Lunatic asylums Madras 1877-1891 - 1877-1891
Year: 1877
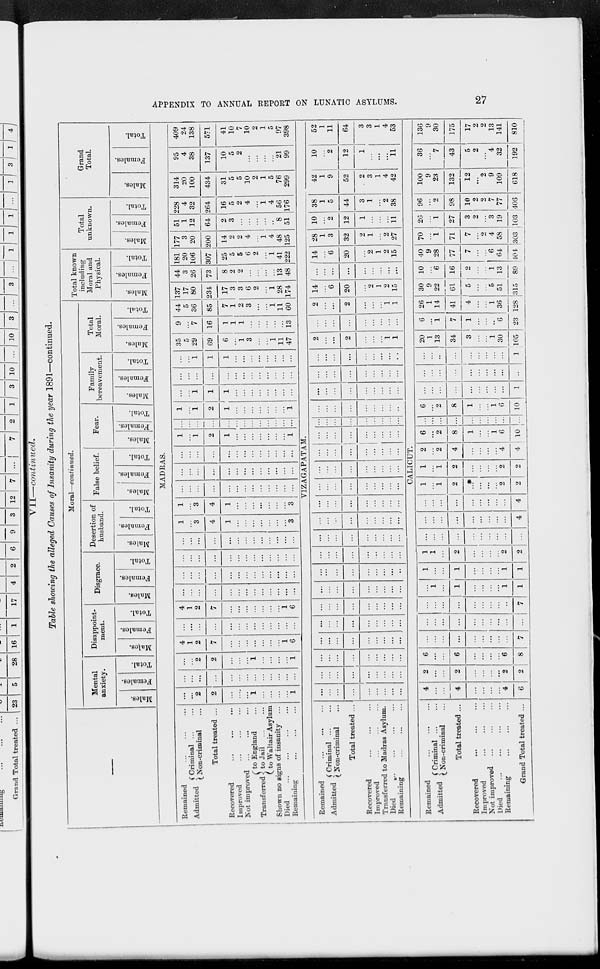
APPENDIX TO ANNUAL REPORT ON LUNATIC ASYLUMS.
27
VII—continued.
Table showing the alleged Causes of Insanity during the year 1891—continued.
—
Moral—continued.
Mental
anxiety.
Males.
Females.
Total.
Disappoint-
ment.
Males.
Females.
Total.
Disgrace.
Males.
Females.
Total.
Desertion of
husband.
Males.
Females.
Total.
False belief.
Males.
Females.
Total.
Fear.
Males.
Females.
Total.
Family
bereavement.
Males.
Females.
Total.
Total
Moral.
Males.
Females.
Total.
Total known
including
Moral and
Physical.
Males.
Females.
Total.
Total
unknown.
Males.
Females.
Total.
Grand
Total.
Males.
Females.
Total.
MADRAS.
Remained ... ... ...
Admitted Criminal ... ...
Non-criminal ...
Total treated ...
Recovered
...
...
...
Improved ... ... ...
Not improved ... ... ...
Transferred
to England ...
to Jail
...
...
to Waltair Asylum
Shown no signs of insanity ...
Died ... ... ... ...
Remaining ... ... ...
...
...
2
2
...
...
...
1
...
...
...
...
1
...
...
...
...
...
...
...
...
...
...
...
...
...
...
...
2
2
...
...
...
1
...
...
...
...
1
4
1
2
7
...
...
...
...
...
...
...
1
6
...
...
...
...
...
...
...
...
...
...
...
...
...
4
1
2
7
...
...
...
...
...
...
...
1
6
...
...
...
...
...
...
...
...
...
...
...
...
...
...
...
...
...
...
...
...
...
...
...
...
...
...
...
...
...
...
...
...
...
...
...
...
...
...
...
...
...
...
...
...
...
...
...
...
...
...
...
...
1
...
3
4
1
...
...
...
...
...
...
...
3
1
...
3
4
1
...
...
...
...
...
...
...
3
...
...
...
...
...
...
...
...
...
...
...
...
...
...
...
...
...
...
...
...
...
...
...
...
...
...
...
...
...
...
...
...
...
...
...
...
...
...
...
1
...
1
2
1
...
...
...
...
...
...
...
1
...
...
...
...
...
...
...
...
...
...
...
...
...
1
...
1
2
1
...
...
...
...
...
...
...
1
...
...
1
1
1
...
...
...
...
...
...
...
...
...
...
...
...
...
...
...
...
...
...
...
...
...
...
...
1
1
1
...
...
...
...
...
...
...
...
35
5
29
69
6
...
1
3
...
...
1
11
47
9
...
7
16
1
1
1
...
...
...
...
...
13
44
5
36
85
7
1
2
3
...
...
1
11
60
137
17
80
234
17
3
3
6
2
...
1
28
174
44
3
26
73
8
2
2
...
...
...
...
13
48
181
20
106
307
25
5
5
6
2
...
1
41
222
177
3
20
200
14
2
2
4
...
1
4
48
125
51
1
12
64
2
3
...
...
...
...
..
8
51
228
4
32
264
16
5
2
4
...
1
4
56
176
314
20
100
434
31
5
5
10
2
1
5
76
299
95
4
38
137
10
5
2
...
...
...
...
21
99
409
24
138
571
41
10
7
10
2
1
5
97
398
VIZAGAPATAM.
Remained ... ... ...
Admitted Criminal
...
...
Non-criminal ...
Total treated ...
Recovered
...
...
...
Improved ... ... ...
Transferred to Madras Asylum.
Died
...
...
...
...
Remaining ... ... ...
...
...
...
...
...
...
...
...
...
...
...
...
...
...
...
...
...
...
...
...
...
...
...
...
...
...
...
...
...
...
...
...
...
...
...
...
...
...
...
...
...
...
...
...
...
...
...
...
...
...
...
...
...
...
...
...
...
...
...
...
...
...
...
...
...
...
...
...
...
...
...
...
...
...
...
...
...
...
...
...
...
...
...
...
...
...
...
...
...
...
...
...
...
...
...
...
...
...
...
...
...
...
...
...
...
...
...
...
...
...
...
...
...
...
...
...
...
...
...
...
...
...
...
...
...
...
...
...
...
...
...
...
...
...
...
...
...
...
...
...
...
...
...
...
...
...
...
...
...
...
...
...
...
...
...
...
...
...
...
...
...
...
...
...
...
...
...
...
...
...
...
...
...
...
...
...
...
...
...
...
...
...
...
...
...
...
...
...
...
2
...
...
2
...
...
...
1
1
...
...
...
...
...
...
...
...
...
2
...
...
2
...
...
...
1
1
14
...
6
20
...
2
1
2
15
...
...
...
...
...
...
...
...
...
14
...
6
20
...
2
1
2
15
28
1
3
32
2
1
...
2
27
10
...
2
12
1
...
...
...
11
38
1
5
44
3
1
...
2
38
42
1
9
52
2
3
1
4
42
10
...
2
12
1
...
...
...
11
52
1
11
64
3
3
1
4
53
CALICUT.
Remained ... ... ...
Admitted
Criminal ... ...
Non-criminal ...
Total treated ...
Recovered
...
...
...
Improved ... ... ...
Not improved
...
...
...
Died
...
...
...
...
Remaining
...
...
...
Grand Total treated ...
4
...
...
4
...
...
...
...
4
6
2
...
...
2
...
...
...
...
2
2
6
...
...
6
...
...
...
...
6
8
...
...
...
...
...
...
...
...
...
7
...
...
...
...
...
...
...
...
...
...
...
...
...
...
...
...
...
...
...
7
...
1
...
1
...
...
...
...
1
1
1
...
...
1
...
...
...
...
1
1
1
1
...
2
...
...
...
...
2
2
...
...
...
...
...
...
...
...
...
...
...
...
...
...
...
...
...
...
...
4
...
...
...
...
...
...
...
...
...
4
1
...
1
2
...
...
...
...
2
2
1
...
1
2
...
...
...
...
2
2
2
...
2
4
...
...
...
...
4
4
6
...
2
8
1
...
...
1
6
10
...
...
...
...
...
...
...
...
...
...
6
...
2
8
1
...
...
1
6
10
...
...
...
...
...
...
...
...
...
1
...
...
...
...
...
...
...
...
...
...
...
...
...
...
...
...
...
...
...
1
20
1
13
34
3
...
...
1
30
105
6
...
1
7
1
...
...
..
6
23
26
1
14
41
4
...
...
1
36
128
30
9
22
61
5
...
...
5
51
315
10
...
6
16
2
...
...
1
13
89
40
9
28
77
7
...
...
6
64
404
70
...
1
71
7
...
2
4
58
303
26
...
1
27
3
2
...
3
19
103
96
...
2
98
10
2
2
7
77
406
100
9
23
132
12
...
2
9
109
618
36
...
7
43
5
2
...
4
32
192
136
9
30
175
17
2
2
13
141
810